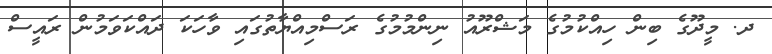
ދ. މީދޫގެ ބިން ހިއްކުމުގެ މަޝްރޫއު ނިންމުމުގެ ރަސްމިއްޔާތުގައި ވާހަކަ ދައްކަވަމުން ރައީސް